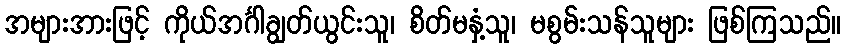
အများအားဖြင့် ကိုယ်အင်္ဂါချွတ်ယွင်းသူ၊ စိတ်မနှံ့သူ၊ မစွမ်းသန်သူများ ဖြစ်ကြသည်။